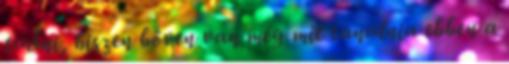
tudni, hiszen bőven van még mit tanulnia ebben a